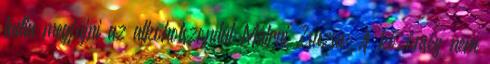
tudta megfújni az alkoholszondát Mátrai Zsuzsa: A közönség nem